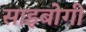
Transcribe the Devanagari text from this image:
साइबोगी